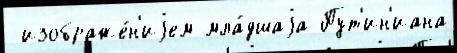
 изображе́н'иjем мла́дшаjа Пут'ин'иана